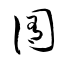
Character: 囿